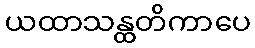
ယထာသန္ထတိကာပေ